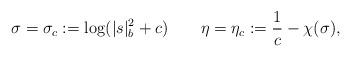
LaTeX: \begin{align*}\sigma= \sigma_{c}:= \log(|s|_{b}^2 + c)~~~~~~\eta=\eta_{c}:=\frac{1}{c}-\chi(\sigma), \end{align*}